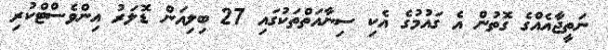
ނަތީޖާއެއްގެ ގޮތުން އެ ގައުމުގެ އެކި ސިނާއަތްތަކުގައި 27 ބިލިއަން ޑޮލަރު އިންވެސްޓްކުރި